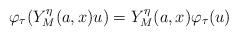
LaTeX: \begin{align*} \varphi_\tau(Y_M^\eta(a,x)u)=Y_M^\eta(a,x)\varphi_\tau(u)\end{align*}